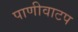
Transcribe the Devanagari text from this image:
पाणीवाटप